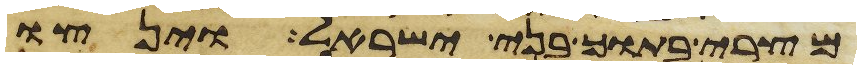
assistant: מצרי בתוך בני ישראל וינצו